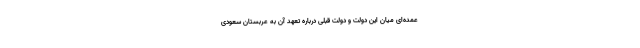
عمده‌ای میان این دولت و دولت قبلی درباره تعهد آن به عربستان سعودی